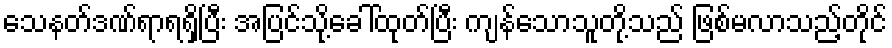
သေနတ်ဒဏ်ရာရရှိပြီး အပြင်သို့ခေါ်ထုတ်ပြီး ကျန်သောသူတို့သည် ဖြစ်မလာသည့်တိုင်